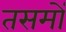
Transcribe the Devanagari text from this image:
तसमों